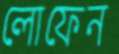
লোফেন